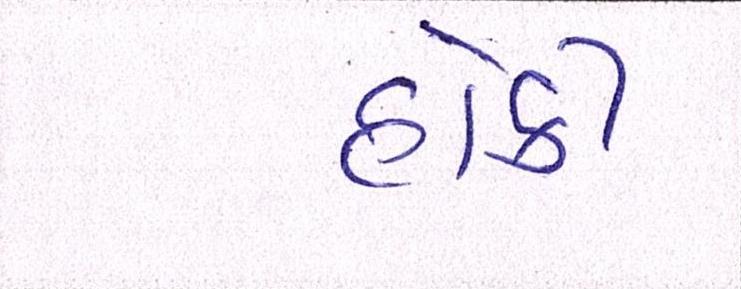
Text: હોકી